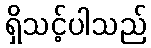
ရှိသင့်ပါသည်